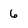
Character: 6